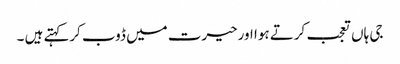
جی ہاں تعجب کرتے ہوا اورحیرت میں ڈوب کرکہتے ہیں ۔